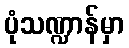
ပုံသဏ္ဍာန်မှာ